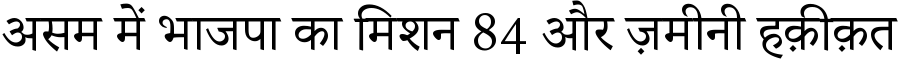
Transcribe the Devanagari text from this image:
असम में भाजपा का मिशन 84 और ज़मीनी हक़ीक़त